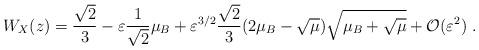
LaTeX: \begin{align*}W_X(z)=\frac{\sqrt{2}}{3}-\varepsilon\frac{1}{\sqrt{2}}\mu_B+\varepsilon^{3/2}\frac{\sqrt{2}}{3}(2\mu_B-\sqrt{\mu})\sqrt{\mu_B+\sqrt{\mu}}+\mathcal{O}(\varepsilon^2)\ .\end{align*}